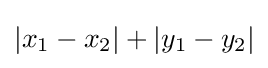
\left\vert x_{1}-x_{2}\right\vert +\left\vert y_{1}-y_{2}\right\vert